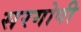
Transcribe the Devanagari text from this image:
सरगोषी